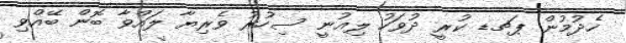
ހެދުމުން ޕޗޑ ކުރީ ދުވަހު ލިއުނީ ސިހުރު ވެރިޔާ ލައްވާ ބޮން ބޭއްވި